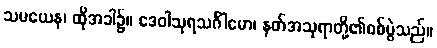
သမယေန၊ ထိုအခါ၌။ ဒေဝါသုရသင်္ဂါမော၊ နတ်အသုရာတို့၏စစ်ပွဲသည်။